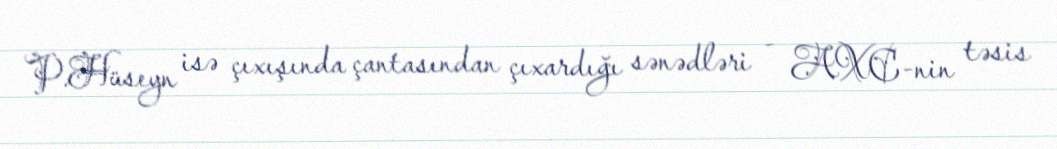
P.Hüseyn isə çıxışında çantasından çıxardığı sənədləri - AXC-nin təsis